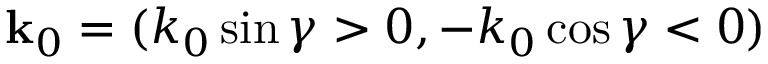
{ \bf k } _ { 0 } = ( k _ { 0 } \sin \gamma > 0 , - k _ { 0 } \cos \gamma < 0 )